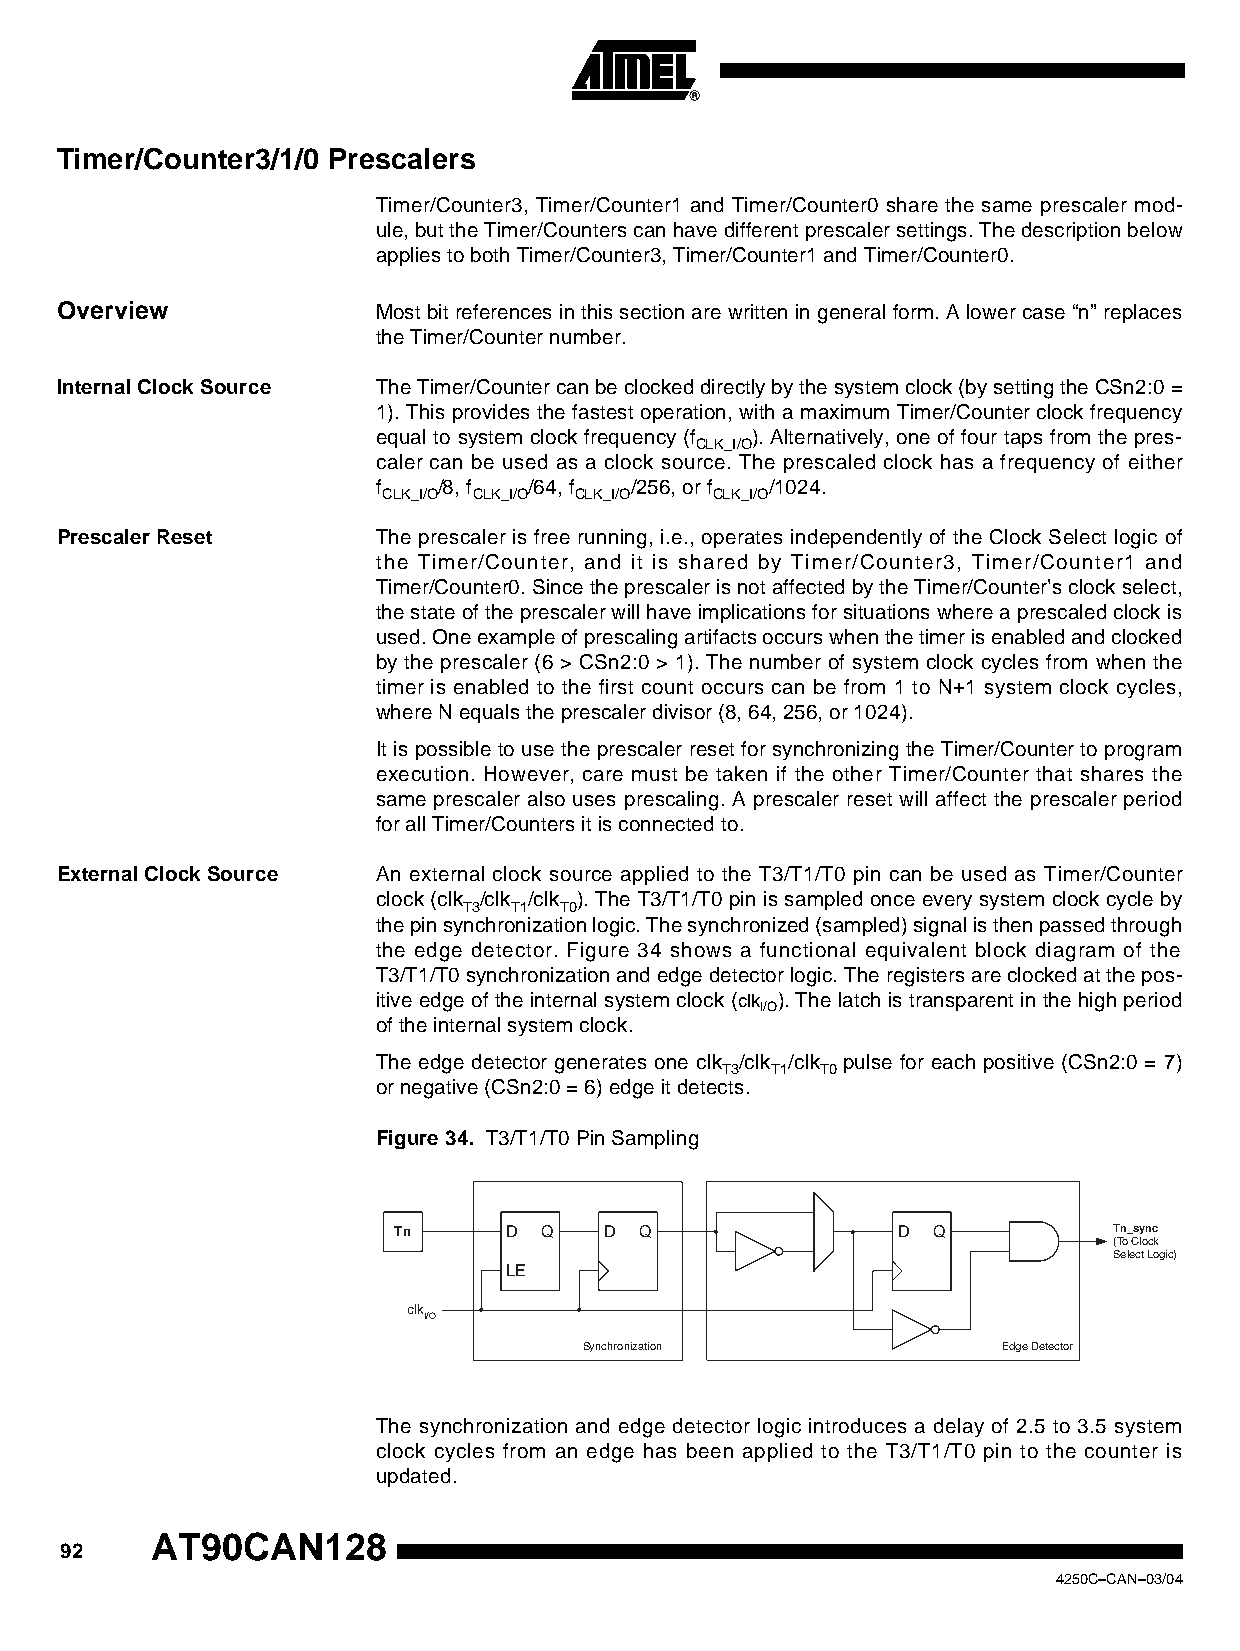
Timer/Counter3/1/0 Prescalers
 Timer/Counter3, Timer/Counter1 and Timer/Counter0 share the same prescaler mod-
 ule, but the Timer/Counters can have different prescaler settings. The description below
 applies to both Timer/Counter3, Timer/Counter1 and Timer/Counter0.
 Overview             Most bit references in this section are written in general form. A lower case “n” replaces
 the Timer/Counter number.
 Internal Clock Source The Timer/Counter can be clocked directly by the system clock (by setting the CSn2:0 =
 1). This provides the fastest operation, with a maximum Timer/Counter clock frequency
 equal to system clock frequency (f ). Alternatively, one of four taps from the pres-
 CLK_I/O
 caler can be used as a clock source. The prescaled clock has a frequency of either
 f   /8, f /64, f /256, or f /1024.
 CLK_I/O CLK_I/O CLK_I/O CLK_I/O
 Prescaler Reset      The prescaler is free running, i.e., operates independently of the Clock Select logic of
 the Timer/Counter, and it is shared by Timer/Counter3, Timer/Counter1 and
 Timer/Counter0. Since the prescaler is not affected by the Timer/Counter’s clock select,
 the state of the prescaler will have implications for situations where a prescaled clock is
 used. One example of prescaling artifacts occurs when the timer is enabled and clocked
 by the prescaler (6 > CSn2:0 > 1). The number of system clock cycles from when the
 timer is enabled to the first count occurs can be from 1 to N+1 system clock cycles,
 where N equals the prescaler divisor (8, 64, 256, or 1024).
 It is possible to use the prescaler reset for synchronizing the Timer/Counter to program
 execution. However, care must be taken if the other Timer/Counter that shares the
 same prescaler also uses prescaling. A prescaler reset will affect the prescaler period
 for all Timer/Counters it is connected to.
 External Clock Source An external clock source applied to the T3/T1/T0 pin can be used as Timer/Counter
 clock (clk /clk /clk ). The T3/T1/T0 pin is sampled once every system clock cycle by
 T3 T1 T0
 the pin synchronization logic. The synchronized (sampled) signal is then passed through
 the edge detector. Figure 34 shows a functional equivalent block diagram of the
 T3/T1/T0 synchronization and edge detector logic. The registers are clocked at the pos-
 itive edge of the internal system clock (clk ). The latch is transparent in the high period
 I/O
 of the internal system clock.
 The edge detector generates one clk /clk /clk pulse for each positive (CSn2:0 = 7)
 T3 T1 T0
 or negative (CSn2:0 = 6) edge it detects.
 Figure 34. T3/T1/T0 Pin Sampling
 Tn      D Q   D Q                D  Q           Tn_sync
 (To Clock
 Select Logic)
 LE
 clk
 I/O
 Synchronization            Edge Detector
 The synchronization and edge detector logic introduces a delay of 2.5 to 3.5 system
 clock cycles from an edge has been applied to the T3/T1/T0 pin to the counter is
 updated.
 AT90CAN128
 92
 4250C–CAN–03/04